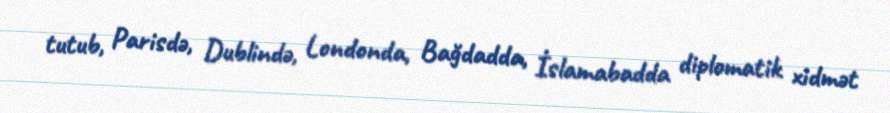
tutub, Parisdə, Dublində, Londonda, Bağdadda, İslamabadda diplomatik xidmət